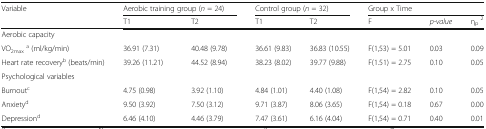
| <ROWSPAN=2> Variable | <COLSPAN=2> Aerobic training group (n = 24) | <COLSPAN=2> Control group (n = 32) | <COLSPAN=3> Group x Time |
 | T1 | T2 | T1 | T2 | F | p-value | ηp2 |
 | --- | --- | --- | --- | --- | --- | --- | --- |
 | <COLSPAN=8> Aerobic capacity |
 | VO2maxa (ml/kg/min) | 36.91 (7.31) | 40.48 (9.78) | 36.61 (9.83) | 36.83 (10.55) | F(1,53) = 5.01 | 0.03 | 0.09 |
 | Heart rate recoveryb (beats/min) | 39.26 (11.21) | 44.52 (8.94) | 38.23 (8.02) | 39.77 (9.88) | F(1.51) = 2.75 | 0.10 | 0.05 |
 | <COLSPAN=8> Psychological variables |
 | Burnoutc | 4.75 (0.98) | 3.92 (1.10) | 4.84 (1.01) | 4.40 (1.08) | F(1,54) = 2.82 | 0.10 | 0.05 |
 | Anxietyd | 9.50 (3.92) | 7.50 (3.12) | 9.71 (3.87) | 8.06 (3.65) | F(1,54) = 0.18 | 0.67 | 0.00 |
 | Depressiond | 6.46 (4.10) | 4.46 (3.79) | 7.47 (3.61) | 6.16 (4.04) | F(1,54) = 0.71 | 0.40 | 0.01 |